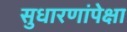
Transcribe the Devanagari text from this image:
सुधारणांपेक्षा